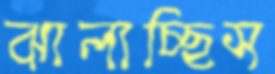
ঝালাচ্ছিস